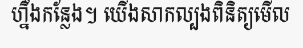
ហ្នឹងកន្លែង។ យើងសាកល្បងពិនិត្យមើល